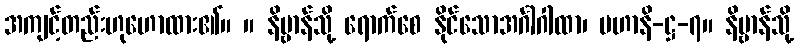
အကျင့်တည်းဟုဟောထား၏။ ။ နိဗ္ဗာန်သို့ ရောက်စေ နိုင်သောအင်္ဂါဂါထာ၊ မဟာနိ-ဋ္ဌ-၇။ နိဗ္ဗာန်သို့